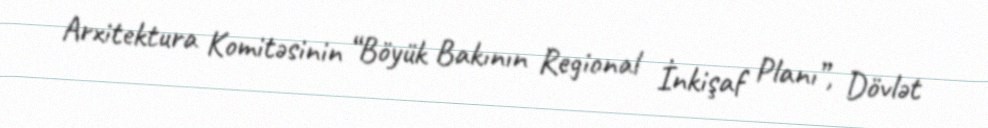
Arxitektura Komitəsinin “Böyük Bakının Regional İnkişaf Planı”, Dövlət